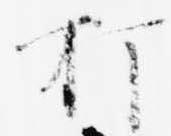
打